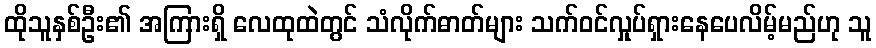
ထိုသူနှစ်ဦး၏ အကြားရှိ လေထုထဲတွင် သံလိုက်ဓာတ်များ သက်ဝင်လှုပ်ရှားနေပေလိမ့်မည်ဟု သူ